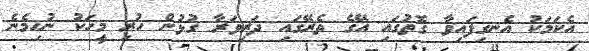
އެކަމަކު އެނގިފައިވާ ގޮތުގައި އޭގެ ތެރޭގައި ދަރިވަރާ ގުޅުން ހުރި މީހަކު ނުހިމެނެ